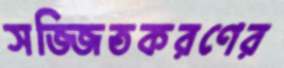
সজ্জিতকরণের